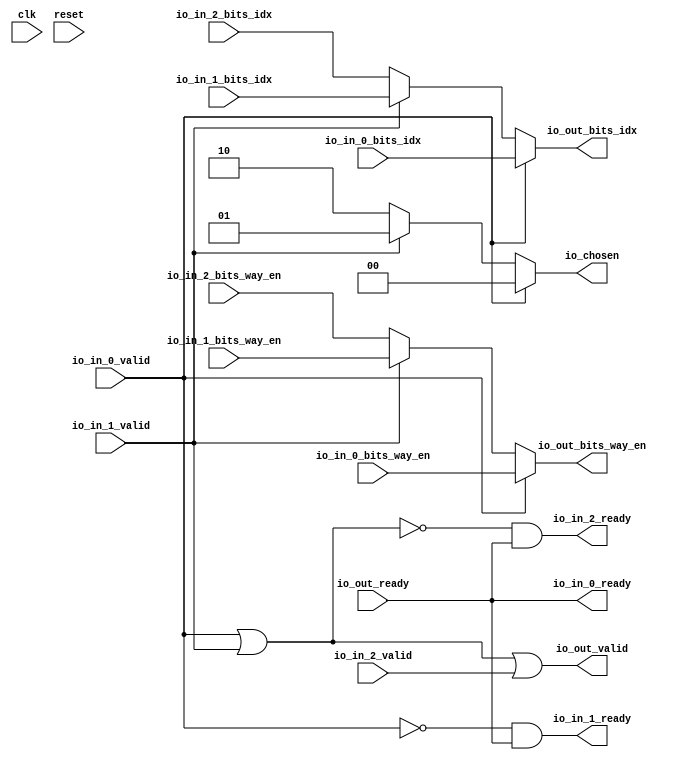
module Arbiter(
  input   clk,
  input   reset,
  output  io_in_0_ready,
  input   io_in_0_valid,
  input  [6:0] io_in_0_bits_idx,
  input   io_in_0_bits_way_en,
  output  io_in_1_ready,
  input   io_in_1_valid,
  input  [6:0] io_in_1_bits_idx,
  input   io_in_1_bits_way_en,
  output  io_in_2_ready,
  input   io_in_2_valid,
  input  [6:0] io_in_2_bits_idx,
  input   io_in_2_bits_way_en,
  input   io_out_ready,
  output  io_out_valid,
  output [6:0] io_out_bits_idx,
  output  io_out_bits_way_en,
  output [1:0] io_chosen
);
  wire [1:0] GEN_0;
  wire [6:0] GEN_1;
  wire  GEN_2;
  wire [1:0] GEN_3;
  wire [6:0] GEN_4;
  wire  GEN_5;
  wire  T_638;
  wire  T_640;
  wire  T_642;
  wire  T_644;
  wire  T_645;
  wire  T_647;
  wire  T_648;
  assign io_in_0_ready = io_out_ready;
  assign io_in_1_ready = T_644;
  assign io_in_2_ready = T_645;
  assign io_out_valid = T_648;
  assign io_out_bits_idx = GEN_4;
  assign io_out_bits_way_en = GEN_5;
  assign io_chosen = GEN_3;
  assign GEN_0 = io_in_1_valid ? 2'h1 : 2'h2;
  assign GEN_1 = io_in_1_valid ? io_in_1_bits_idx : io_in_2_bits_idx;
  assign GEN_2 = io_in_1_valid ? io_in_1_bits_way_en : io_in_2_bits_way_en;
  assign GEN_3 = io_in_0_valid ? 2'h0 : GEN_0;
  assign GEN_4 = io_in_0_valid ? io_in_0_bits_idx : GEN_1;
  assign GEN_5 = io_in_0_valid ? io_in_0_bits_way_en : GEN_2;
  assign T_638 = io_in_0_valid | io_in_1_valid;
  assign T_640 = io_in_0_valid == 1'h0;
  assign T_642 = T_638 == 1'h0;
  assign T_644 = T_640 & io_out_ready;
  assign T_645 = T_642 & io_out_ready;
  assign T_647 = T_642 == 1'h0;
  assign T_648 = T_647 | io_in_2_valid;
endmodule